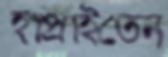
হাপ্‌রাইতেন